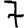
Digit: 7